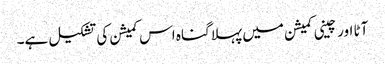
آٹا اور چینی کمیشن میں پہلا گناہ اس کمیشن کی تشکیل ہے۔